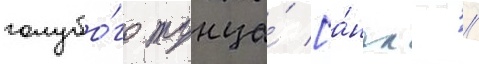
голубо́го тунца́ [а́нгл. //